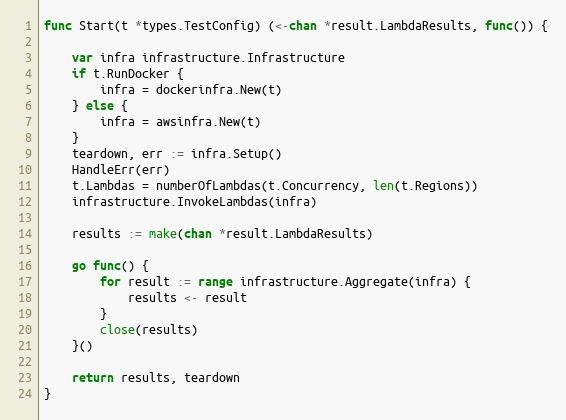
Language: Go
func Start(t *types.TestConfig) (<-chan *result.LambdaResults, func()) {

	var infra infrastructure.Infrastructure
	if t.RunDocker {
		infra = dockerinfra.New(t)
	} else {
		infra = awsinfra.New(t)
	}
	teardown, err := infra.Setup()
	HandleErr(err)
	t.Lambdas = numberOfLambdas(t.Concurrency, len(t.Regions))
	infrastructure.InvokeLambdas(infra)

	results := make(chan *result.LambdaResults)

	go func() {
		for result := range infrastructure.Aggregate(infra) {
			results <- result
		}
		close(results)
	}()

	return results, teardown
}